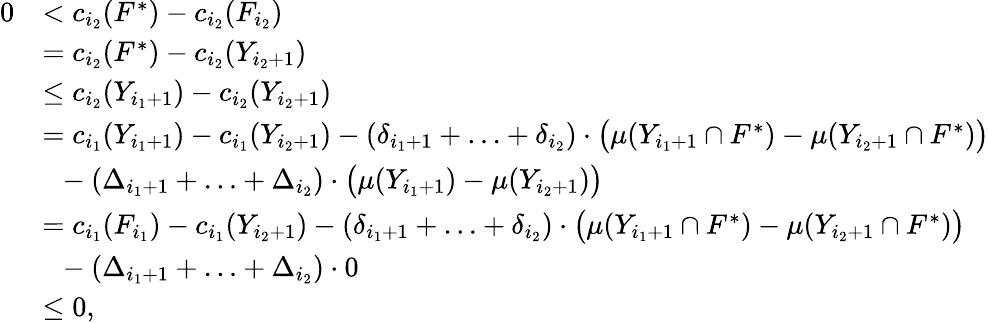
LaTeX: \begin{array}{rl}{0}&{<c_{i_{2}}(F^{*})-c_{i_{2}}(F_{i_{2}})}\\ {}&{=c_{i_{2}}(F^{*})-c_{i_{2}}(Y_{i_{2}+1})}\\ {}&{\le c_{i_{2}}(Y_{i_{1}+1})-c_{i_{2}}(Y_{i_{2}+1})}\\ {}&{=c_{i_{1}}(Y_{i_{1}+1})-c_{i_{1}}(Y_{i_{2}+1})-(\delta_{i_{1}+1}+\ldots+\delta_{i_{2}})\cdot\big(\mu(Y_{i_{1}+1}\cap F^{*})-\mu(Y_{i_{2}+1}\cap F^{*})\big)}\\ {}&{~~-(\Delta_{i_{1}+1}+\ldots+\Delta_{i_{2}})\cdot\big(\mu(Y_{i_{1}+1})-\mu(Y_{i_{2}+1})\big)}\\ {}&{=c_{i_{1}}(F_{i_{1}})-c_{i_{1}}(Y_{i_{2}+1})-(\delta_{i_{1}+1}+\ldots+\delta_{i_{2}})\cdot\big(\mu(Y_{i_{1}+1}\cap F^{*})-\mu(Y_{i_{2}+1}\cap F^{*})\big)}\\ {}&{~~-\left(\Delta_{i_{1}+1}+\ldots+\Delta_{i_{2}}\right)\cdot 0}\\ {}&{\le 0,}\end{array}